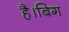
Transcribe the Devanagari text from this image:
है।बिग